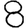
Digit: 8